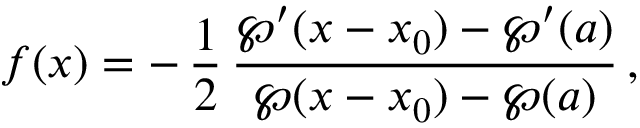
f ( x ) = - \, \frac { 1 } { 2 } \, { \frac { \wp ^ { \prime } ( x - x _ { 0 } ) - \wp ^ { \prime } ( a ) } { \wp ( x - x _ { 0 } ) - \wp ( a ) } } \, ,